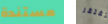
مستندة تفتقر